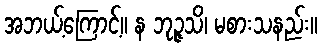
အဘယ့်ကြောင့်။ န ဘုဉ္ဇသိ၊ မစားသနည်း။